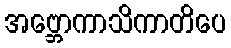
အဗ္ဘောကာသိကာတိပေ